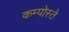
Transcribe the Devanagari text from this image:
कम्पोस्ते